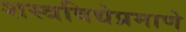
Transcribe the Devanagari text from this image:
शस्त्रविद्येप्रमाणे